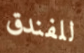
للفندق